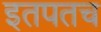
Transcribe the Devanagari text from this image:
इतपतच